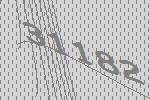
31182